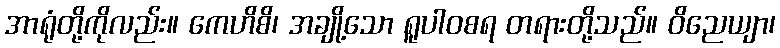
အာရုံတို့ကိုလည်း။ ကေဟိစိ၊ အချို့သော ရူပါဝစရ တရားတို့သည်။ ဝိညေယျာ၊